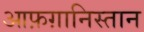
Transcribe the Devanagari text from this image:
आफ़ग़ानिस्तान